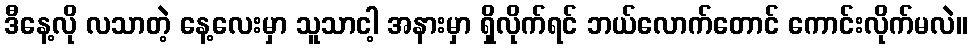
ဒီနေ့လို လသာတဲ့ နေ့လေးမှာ သူသာငါ့ အနားမှာ ရှိလိုက်ရင် ဘယ်လောက်တောင် ကောင်းလိုက်မလဲ။